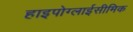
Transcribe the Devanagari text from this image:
हाइपोग्लाईसीमिक